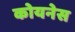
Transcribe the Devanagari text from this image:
कोयनेस